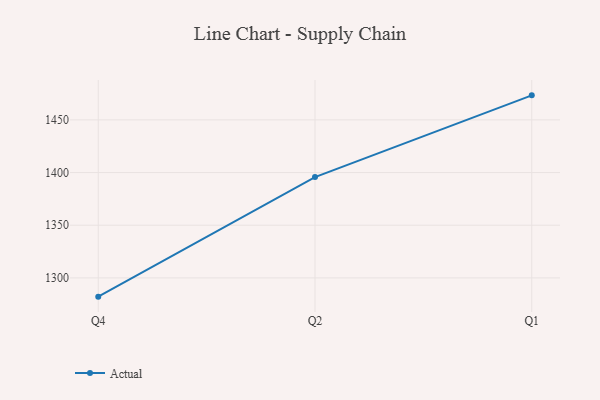
{"axis": {"x": "Quarter", "y": "Waste Production (Tons)"}, "legend": ["Actual"], "data": [{"x": "Q4", "y": 1282.2, "type": "Actual"}, {"x": "Q2", "y": 1395.7, "type": "Actual"}, {"x": "Q1", "y": 1473.3, "type": "Actual"}]}